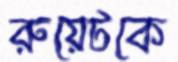
রুয়েটকে